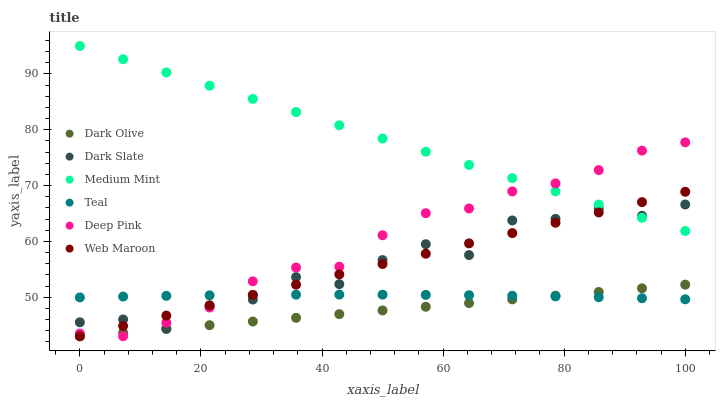
| xaxis_label | Dark Olive | Dark Slate | Medium Mint | Teal | Deep Pink | Web Maroon |
 | --- | --- | --- | --- | --- | --- | --- |
 | 0 | 43 | 45.5 | 95 | 50 | 43.5 | 43 |
 | 7.14 | 43.7 | 46 | 92.6 | 50.1 | 43 | 44.8 |
 | 14.3 | 44.3 | 44.4 | 90.3 | 50.2 | 45.4 | 46.7 |
 | 21.4 | 45 | 48.4 | 87.9 | 50.3 | 48.1 | 48.5 |
 | 28.6 | 45.6 | 49.6 | 85.5 | 50.4 | 52.8 | 50.4 |
 | 35.7 | 46.3 | 53.6 | 83.2 | 50.4 | 55.3 | 52.2 |
 | 42.9 | 47 | 52.3 | 80.8 | 50.5 | 55.5 | 54.1 |
 | 50 | 47.6 | 56.7 | 78.4 | 50.5 | 61.1 | 55.9 |
 | 57.1 | 48.3 | 59.5 | 76.1 | 50.4 | 65 | 57.8 |
 | 64.3 | 48.9 | 57.5 | 73.7 | 50.3 | 65.9 | 59.6 |
 | 71.4 | 49.6 | 63.7 | 71.3 | 50.3 | 68.9 | 61.5 |
 | 78.6 | 50.3 | 64 | 69 | 50.1 | 70.4 | 63.3 |
 | 85.7 | 50.9 | 65.9 | 66.6 | 50 | 72.8 | 65.2 |
 | 92.9 | 51.6 | 64.6 | 64.2 | 49.8 | 76.3 | 67 |
 | 100 | 52.3 | 66.6 | 61.9 | 49.6 | 77.7 | 68.9 |